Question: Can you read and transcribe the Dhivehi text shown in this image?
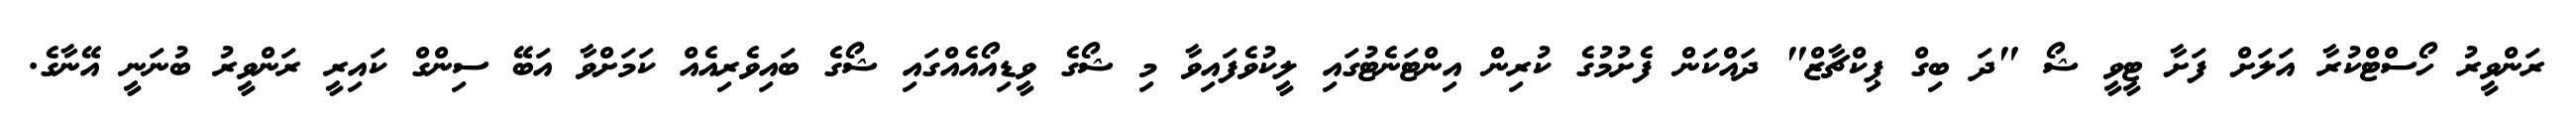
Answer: ރަންވީރު ހޯސްޓްކުރާ އަލަށް ފަށާ ޓީވީ ޝޯ "ދަ ބިގް ޕިކްޗާޒް" ދައްކަން ފެށުމުގެ ކުރިން އިންޓަނެޓުގައި ލީކުވެފައިވާ މި ޝޯގެ ވީޑިއޯއެއްގައި ޝޯގެ ބައިވެރިއެއް ކަމަށްވާ އަބޭ ސިންގް ކައިރީ ރަންވީރު ބުނަނީ އޭނާގެ.